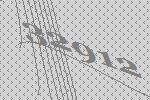
32912